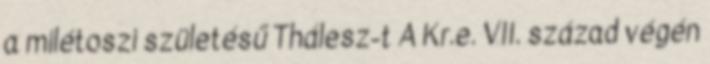
a milétoszi születésű Thálesz-t A Kr.e. VII. század végén